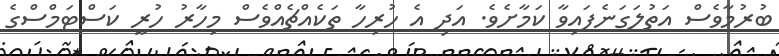
ބުރުމާވެސް އަތުލަގަނެފައިވާ ކަމާށެވެ. އަދި އެ ހުރިހާ ތަކެއްޗެއްވެސް މިހާރު ހުރީ ކަސްޓަމްސްގެ